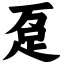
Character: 趸